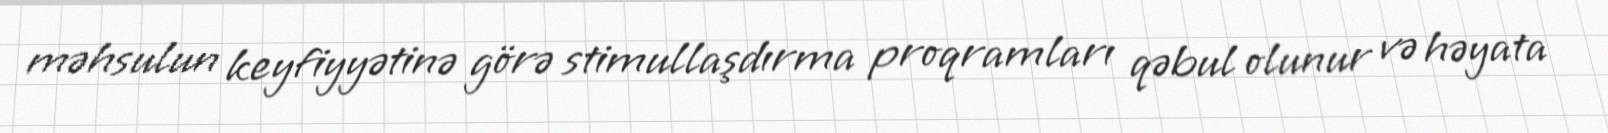
məhsulun keyfiyyətinə görə stimullaşdırma proqramları qəbul olunur və həyata